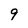
Character: 9